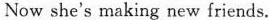
Now she's making new friends.